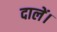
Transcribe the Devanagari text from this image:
दालें।